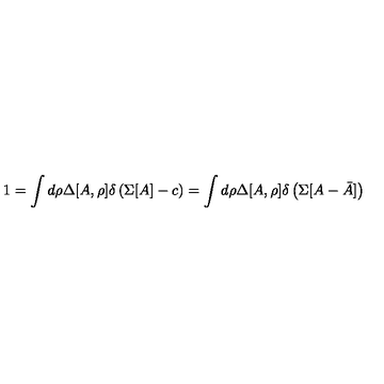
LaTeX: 1 = \int d \rho \Delta [ A , \rho ] \delta \left( \Sigma [ A ] - c \right) = \int d \rho \Delta [ A , \rho ] \delta \left( \Sigma [ A - \bar { A } ] \right)